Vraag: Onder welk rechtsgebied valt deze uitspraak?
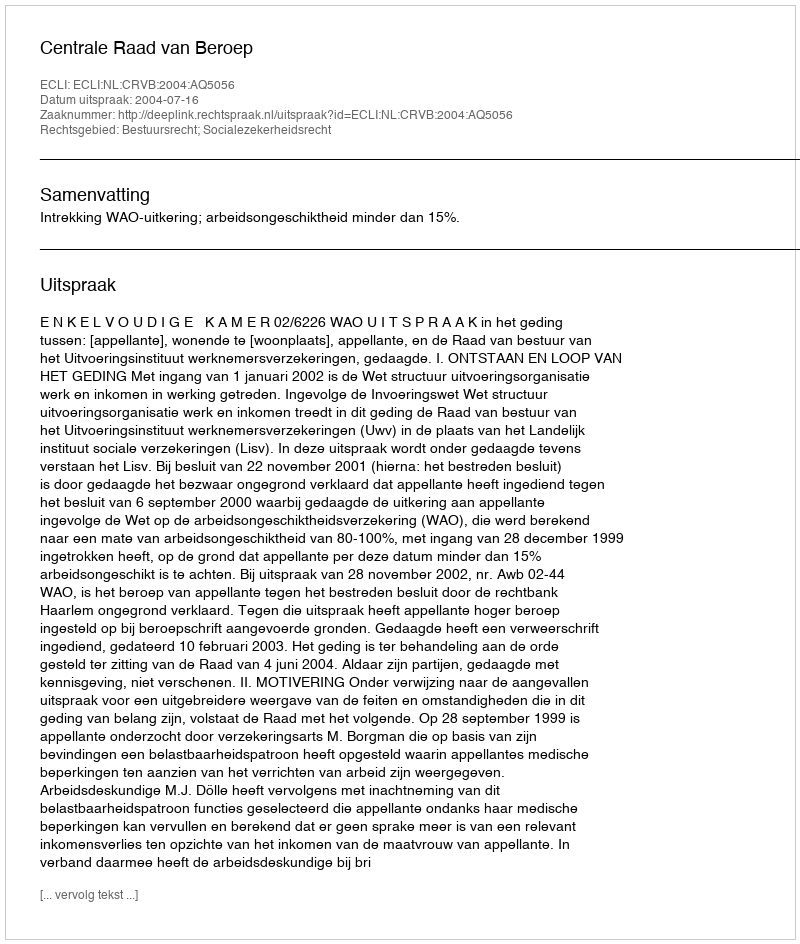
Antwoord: Bestuursrecht; Socialezekerheidsrecht